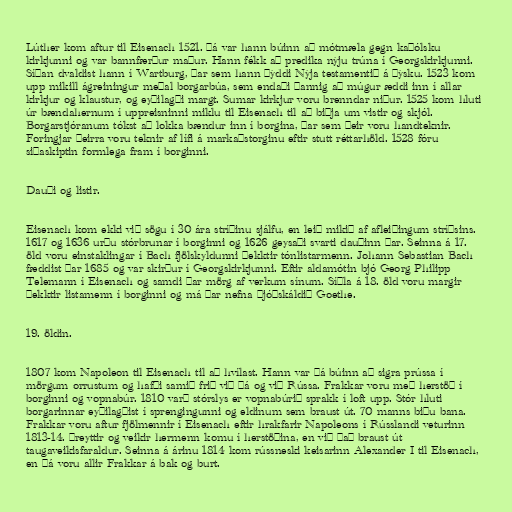
Lúther kom aftur til Eisenach 1521. Þá var hann búinn að mótmæla gegn kaþólsku
kirkjunni og var bannfærður maður. Hann fékk að predika nýju trúna í Georgskirkjunni.
Síðan dvaldist hann í Wartburg, þar sem hann þýddi Nýja testamentið á þýsku. 1523 kom
upp mikill ágreiningur meðal borgarbúa, sem endaði þannig að múgur æddi inn í allar
kirkjur og klaustur, og eyðilagði margt. Sumar kirkjur voru brenndar niður. 1525 kom hluti
úr bændahernum í uppreisninni miklu til Eisenach til að biðja um vistir og skjól.
Borgarstjóranum tókst að lokka bændur inn í borgina, þar sem þeir voru handteknir.
Foringjar þeirra voru teknir af lífi á markaðstorginu eftir stutt réttarhöld. 1528 fóru
siðaskiptin formlega fram í borginni.

Dauði og listir.

Eisenach kom ekki við sögu í 30 ára stríðinu sjálfu, en leið mikið af afleiðingum stríðsins.
1617 og 1636 urðu stórbrunar í borginni og 1626 geysaði svarti dauðinn þar. Seinna á 17.
öld voru einstaklingar í Bach fjölskyldunni þekktir tónlistarmenn. Johann Sebastian Bach
fæddist þar 1685 og var skirður í Georgskirkjunni. Eftir aldamótin bjó Georg Philipp
Telemann í Eisenach og samdi þar mörg af verkum sínum. Síðla á 18. öld voru margir
þekktir listamenn í borginni og má þar nefna þjóðskáldið Goethe.

19. öldin.

1807 kom Napoleon til Eisenach til að hvílast. Hann var þá búinn að sigra prússa í
mörgum orrustum og hafði samið frið við þá og við Rússa. Frakkar voru með herstöð í
borginni og vopnabúr. 1810 varð stórslys er vopnabúrið sprakk í loft upp. Stór hluti
borgarinnar eyðilagðist í sprengingunni og eldinum sem braust út. 70 manns biðu bana.
Frakkar voru aftur fjölmennir í Eisenach eftir hrakfarir Napoleons í Rússlandi veturinn
1813-14. Þreyttir og veikir hermenn komu í herstöðina, en við það braust út
taugaveikisfaraldur. Seinna á árinu 1814 kom rússneski keisarinn Alexander I til Eisenach,
en þá voru allir Frakkar á bak og burt.